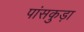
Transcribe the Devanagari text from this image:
पांसकुड़ा